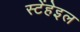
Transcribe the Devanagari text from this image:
स्टेंहेइल